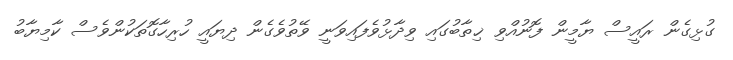
ގުޅިގެން ރައީސް ޔާމީން ފޮނުއްވި ޚިތާބުގައި ވިދާޅުވެފައިވަނީ ވޭތުވެގެން ދިޔައީ ހުރިހާގޮތަކުންވެސް ކާމިޔާބު